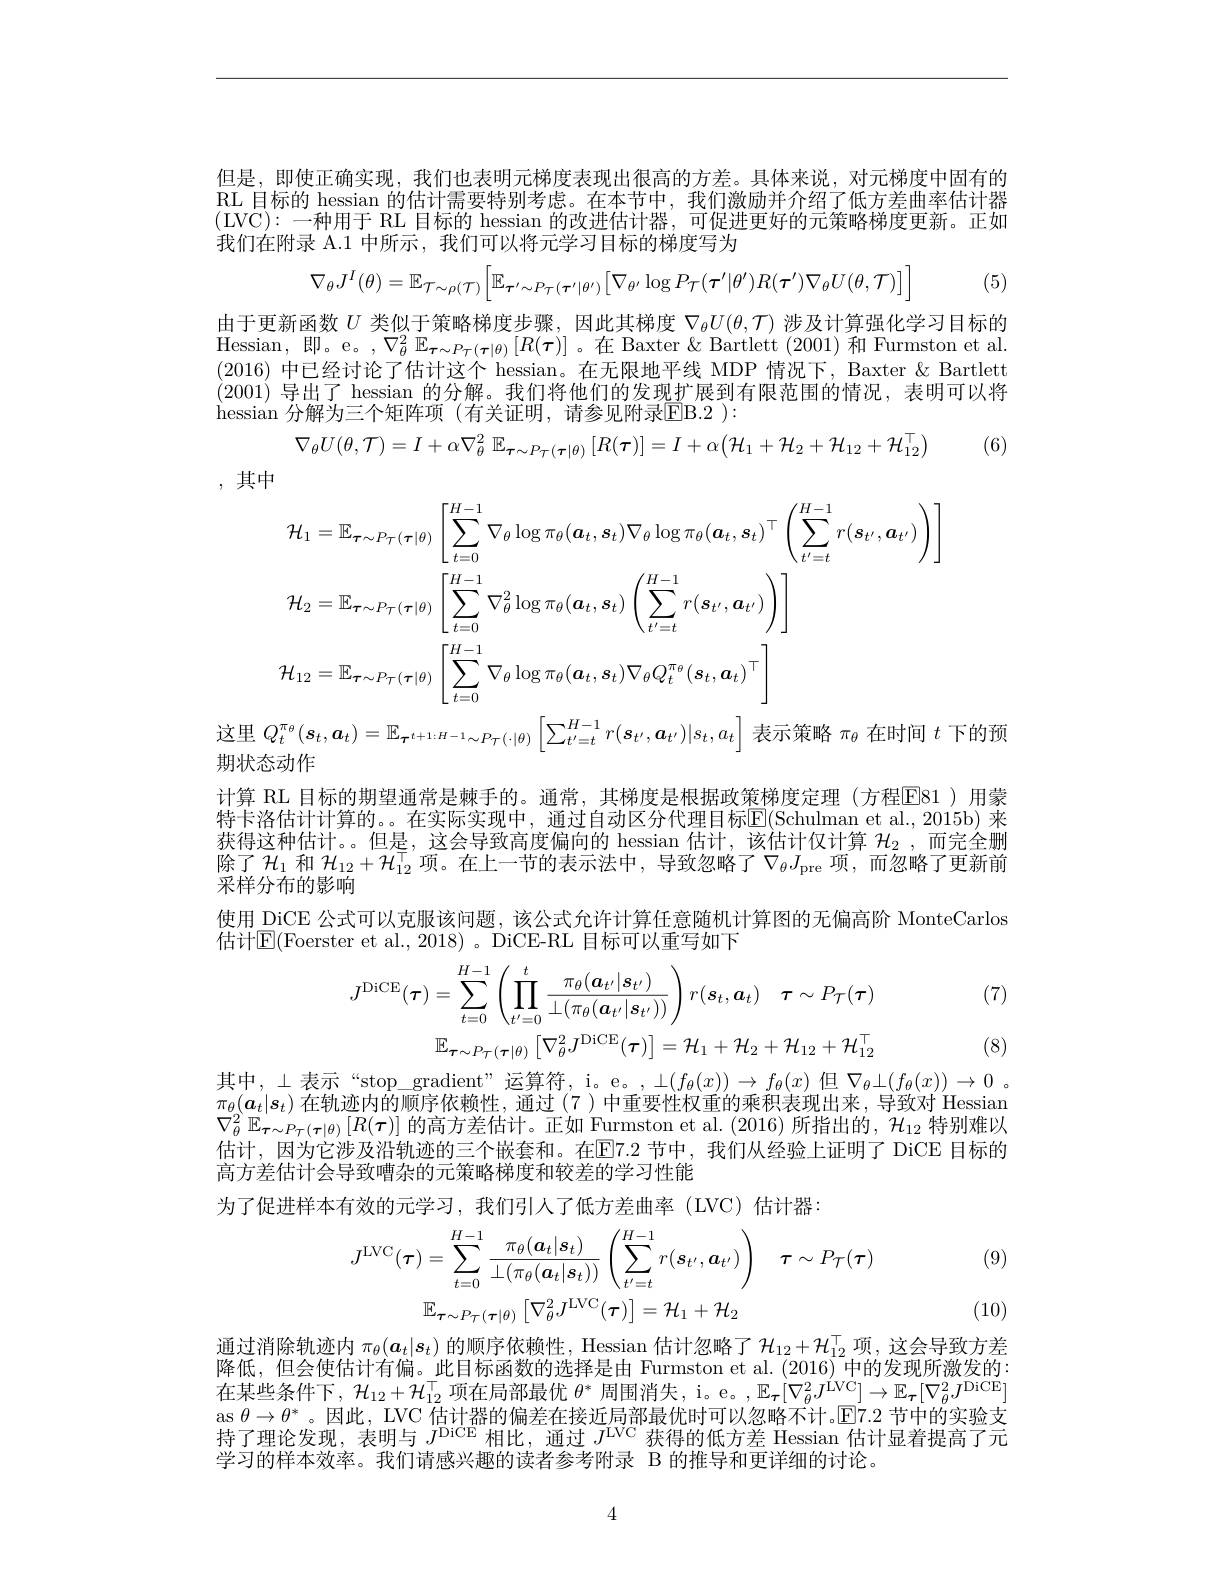
但是，即使正确实现，我们也表明元梯度表现出很高的方差。具体来说，对元梯度中固有的RL 目标的 hessian 的估计需要特别考虑。在本节中，我们激励并介绍了低方差曲率估计器(LVC):一种用于 RL 目标的 hessian 的改进估计器，可促进更好的元策略梯度更新。正如我们在附录 A.1 中所示，我们可以将元学习目标的梯度写为
$$\nabla_{\theta}J^{I}(\theta)=\mathbb{E}_{\mathcal{T}\sim\rho(\mathcal{T})}\Big[\mathbb{E}_{\tau^{\prime}\sim P_{\mathcal{T}}(\tau^{\prime}|\theta^{\prime})}\Big[\nabla_{\theta^{\prime}}\log P_{\mathcal{T}}(\tau^{\prime}|\theta^{\prime})R(\tau^{\prime})\nabla_{\theta}U(\theta,\mathcal{T})\Big]\Big]$$
(5)

由于更新函数$U$类似于策略梯度步骤，因此其梯度$\nabla_\theta U(\theta,\mathcal{T})$涉及计算强化学习目标的Hessian,即。e。,$\nabla_\theta^2\mathbb{E}_{\boldsymbol{\tau}\sim P_T(\boldsymbol{\tau}|\theta)}\left[R(\boldsymbol{\tau})\right]$。在 Baxter & Bartlett (2001)和 Furmston et al. (2016)中已经讨论了估计这个 hessian。在无限地平线 MDP 情况下，Baxter & Bartlett (2001)导出了 hessian 的分解。我们将他们的发现扩展到有限范围的情况，表明可以将hessian 分 解 为 三 个 矩 阵 项 (有关证明，请参见附录$\overline{\mathrm{EB.2~}}):$
$$\nabla_{\theta}U(\theta,\mathcal{T})=I+\alpha\nabla_{\theta}^{2}\:\mathbb{E}_{\boldsymbol{\tau}\sim P_{\mathcal{T}}(\boldsymbol{\tau}|\theta)}\left[R(\boldsymbol{\tau})\right]=I+\alpha\big(\mathcal{H}_{1}+\mathcal{H}_{2}+\mathcal{H}_{12}+\mathcal{H}_{12}^{\top}\big)$$
(6)

,其中
$$\begin{aligned}&\mathcal{H}_{1}=\mathbb{E}_{\boldsymbol{\tau}\sim P_{\mathcal{T}}(\boldsymbol{\tau}|\theta)}\left[\sum_{t=0}^{H-1}\nabla_{\theta}\log\pi_{\theta}(\boldsymbol{a}_{t},\boldsymbol{s}_{t})\nabla_{\theta}\log\pi_{\theta}(\boldsymbol{a}_{t},\boldsymbol{s}_{t})^{\top}\left(\sum_{t^{\prime}=t}^{H-1}r(\boldsymbol{s}_{t^{\prime}},\boldsymbol{a}_{t^{\prime}})\right)\right]\\&\mathcal{H}_{2}=\mathbb{E}_{\boldsymbol{\tau}\sim P_{\mathcal{T}}(\boldsymbol{\tau}|\theta)}\left[\sum_{t=0}^{H-1}\nabla_{\theta}^{2}\log\pi_{\theta}(\boldsymbol{a}_{t},s_{t})\left(\sum_{t^{\prime}=t}^{H-1}r(\boldsymbol{s}_{t^{\prime}},\boldsymbol{a}_{t^{\prime}})\right)\right]\\&\mathcal{H}_{12}=\mathbb{E}_{\boldsymbol{\tau}\sim P_{\mathcal{T}}(\boldsymbol{\tau}|\theta)}\left[\sum_{t=0}^{H-1}\nabla_{\theta}\log\pi_{\theta}(\boldsymbol{a}_{t},\boldsymbol{s}_{t})\nabla_{\theta}Q_{t}^{\pi_{\theta}}(\boldsymbol{s}_{t},\boldsymbol{a}_{t})^{\top}\right]\end{aligned}$$
期状态动作

计算 RL 目标的期望通常是棘手的。通常，其梯度是根据政策梯度定理(方程$\overline{\mathrm{E}}$区81)用蒙特卡洛估计计算的。。在实际实现中，通过自动区分代理目标$\overline{\mathrm{E}}($Schulman et al.,2015b)来获得这种估计。。但是，这会导致高度偏向的 hessian 估计，该估计仅计算$\mathcal{H}_2$ ,而完全删除了$\mathcal{H}_1$ 和 $\mathcal{H}_12+\mathcal{H}_{12}^\top$ 项。在上一节的表示法中，导致忽略了$\nabla_\theta J_\mathrm{pre}$ 项，而忽略了更新前采样分布的影响
使用 DiCE 公式可以克服该问题，该公式允许计算任意随机计算图的无偏高阶 MonteCarlos
估计$\mathbb{E}($Foerster et al., 2018)。DiCE-RL 目标可以重写如下

(7)
$$J^{\mathrm{DiCE}}(\tau)=\sum_{t=0}^{H-1}\left(\prod_{t^{\prime}=0}^{t}\frac{\pi_{\theta}(\boldsymbol{a}_{t}|\boldsymbol{s}_{t^{\prime}})}{\perp(\pi_{\theta}(\boldsymbol{a}_{t^{\prime}}|\boldsymbol{s}_{t^{\prime}}))}\right)r(\boldsymbol{s}_{t},\boldsymbol{a}_{t})\quad\boldsymbol{\tau}\sim P_{\mathcal{T}}(\boldsymbol{\tau})\\\mathbb{E}_{\tau\sim P_{\tau}(\tau|\theta)}\left[\nabla_{\theta}^{2}J^{\mathrm{DiCE}}(\tau)\right]=\mathcal{H}_{1}+\mathcal{H}_{2}+\mathcal{H}_{12}+\mathcal{H}_{12}^{\top}$$
(8)

其中，$\perp 表 示 “ stop\_ gradient” 运 算 符 , i。e。, L( f_{\theta }( x) ) \to f_{\theta }( x)$ 但 $\nabla _{\theta }\bot ( f_{\theta }( x) ) \to 0$。$\pi_\theta(\boldsymbol{a}_t|\boldsymbol{s}_t)$在轨迹内的顺序依赖性，通过(7)中重要性权重的乘积表现出来，导致对 Hessian $\nabla_{\theta}^{2}\mathbb{E}_{\tau\sim P_{T}(\boldsymbol{\tau}|\theta)}\left[R(\boldsymbol{\tau})\right]$的高方差估计。正如 Furmston et al. (2016) 所指出的，$\mathcal{H}_12$ 特别难以估计，因为它涉及沿轨迹的三个嵌套和。在$\mathbb{E}$7.2 节中，我们从经验上证明了 DiCE 目标的高方差估计会导致嘈杂的元策略梯度和较差的学习性能
为了促进样本有效的元学习，我们引人了低方差曲率(LVC)估计器：

(9)
$$J^{\mathrm{LVC}}(\tau)=\sum_{t=0}^{H-1}\frac{\pi_{\theta}(\boldsymbol{a}_{t}|\boldsymbol{s}_{t})}{\perp(\pi_{\theta}(\boldsymbol{a}_{t}|\boldsymbol{s}_{t}))}\left(\sum_{t^{\prime}=t}^{H-1}r(\boldsymbol{s}_{t^{\prime}},\boldsymbol{a}_{t^{\prime}})\right)\quad\tau\sim P_{\mathcal{T}}(\tau)\\\mathbb{E}_{\tau\sim P_{\tau}(\tau|\theta)}\left[\nabla_{\theta}^{2}J^{\mathrm{LVC}}(\tau)\right]=\mathcal{H}_{1}+\mathcal{H}_{2}$$
(10)

通过消除轨迹内$\pi_\theta(\boldsymbol{a}_t|\boldsymbol{s}_t)$的顺序依赖性，Hessian 估计忽略了$\mathcal{H}_12+\mathcal{H}_{12}^\top$项，这会导致方差降低，但会使估计有偏。此目标函数的选择是由 Furmston et al.(2016) 中的发现所激发的： 在某些条件下，$\mathcal{H}_12+\mathcal{H}_{12}^\top$项在局部最优 $\theta^*$ 周围消失，i。e。, $\mathbb{E}_{\boldsymbol{\tau}}[\nabla_{\theta}^2J^\mathrm{\acute{L}VC}]\to\mathbb{E}_{\boldsymbol{\tau}}[\nabla_{\theta}^2J^\mathrm{DiCE}]$ as $\theta \to \theta ^*$。因此，LVC 估计器的偏差在接近局部最优时可以忽略不计。$\bar{\mathbb{E}}7.2$节中的实验支持了理论发现，表明与$J^\mathrm{DiCE}$相比，通过$J^\mathrm{LVC}$获得的低方差 Hessian 估计显着提高了元学习的样本效率。我们请感兴趣的读者参考附录 B 的推导和更详细的讨论。

4